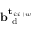
\mathbf { b } _ { \mathrm { ~ d ~ } } ^ { \mathbf { t } _ { i : i + w } }